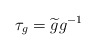
\begin{align*}\tau_g = \widetilde g g^{-1}\end{align*}